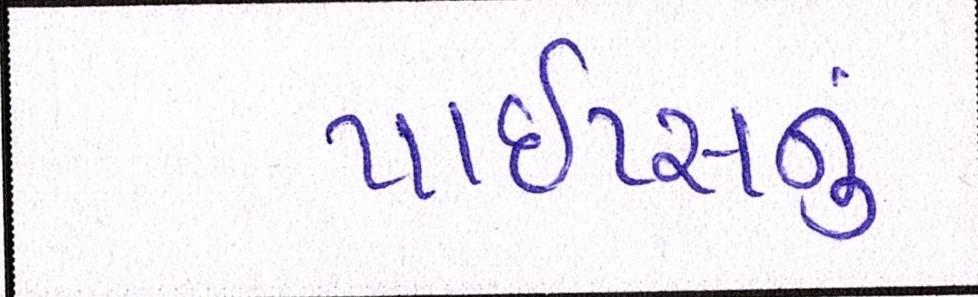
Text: પાઇપ્સનું